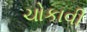
ચોકાવી